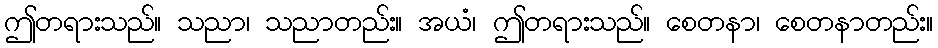
ဤတရားသည်။ သညာ၊ သညာတည်း။ အယံ၊ ဤတရားသည်။ စေတနာ၊ စေတနာတည်း။